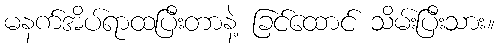
မနက်အိပ်ရာထပြီးတာနဲ့ ခြင်ထောင် သိမ်းပြီးသား။